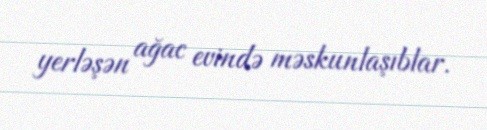
yerləşən ağac evində məskunlaşıblar.